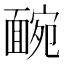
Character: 䩊